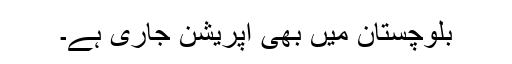
بلوچستان میں بھی اپریشن جاری ہے۔